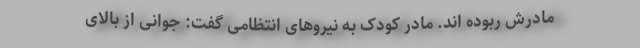
مادرش ربوده اند. مادر کودک به نیروهای انتظامی گفت: جوانی از بالای